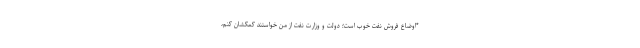
*اوضاع فروش نفت خوب است؛ دولت و وزارت نفت از من خواستند کمکشان کنم،